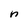
Character: n